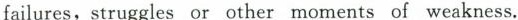
failures,struggles or other moments of weakness.